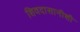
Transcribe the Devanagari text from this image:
शिवदासानीशी